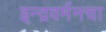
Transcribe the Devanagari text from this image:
इन्द्रवर्मनचा